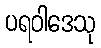
ပရဝါဒေသု